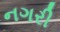
નગરી